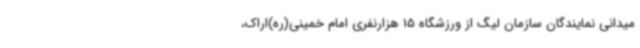
میدانی نمایندگان سازمان لیگ از ورزشگاه 15 هزارنفری امام خمینی(ره)اراک،